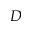
D